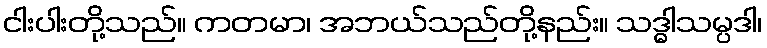
ငါးပါးတို့သည်။ ကတမာ၊ အဘယ်သည်တို့နည်း။ သဒ္ဓါသမ္ပဒါ၊